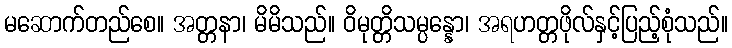
မဆောက်တည်စေ။ အတ္တနာ၊ မိမိသည်။ ဝိမုတ္တိသမ္ပန္နော၊ အရဟတ္တဖိုလ်နှင့်ပြည့်စုံသည်။